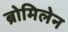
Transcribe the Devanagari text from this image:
ब्रोमिलेन